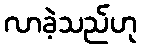
လာခဲ့သည်ဟု